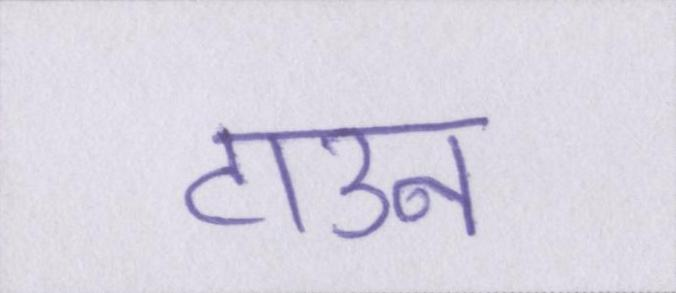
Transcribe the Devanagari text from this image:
टाउन